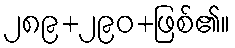
၂၈၉+၂၉၀+ဖြစ်၏။